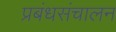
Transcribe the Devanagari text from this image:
प्रबंधसंचालन